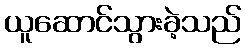
ယူဆောင်သွားခဲ့သည်